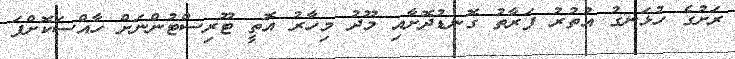
ރަށުގެ ހުޅަނގު އުތުރު ފަރާތު ގޮނޑުދޮށާއި މޫދު މިހާރު އޮތީ ޓޫރިސްޓުންނަށް ހާއްސަކޮށްފަ